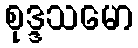
စုဒ္ဒသမော